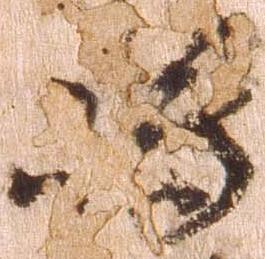
嶋